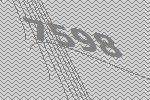
7598